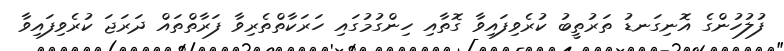
ފުލުހުންގެ އޮނިގަނޑު ތަރުތީބު ކުރެވިފައިވާ ގޮތާއި ހިންގުމުގައި ހަރަކާތްތެރިވާ ފަރާތްތައް ދަރަޖަ ކުރެވިފައިވާ